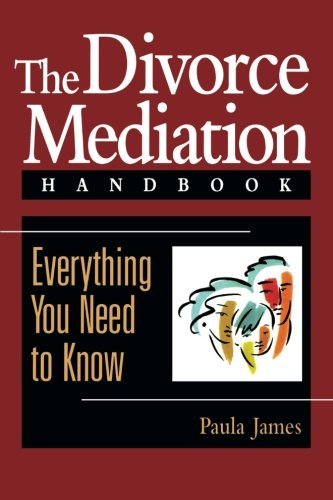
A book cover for The Divorce Mediation Handbook: Everything You Need to Know; Paula James; Law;